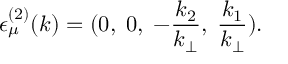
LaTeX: { \epsilon } _ { \mu } ^ { ( 2 ) } ( k ) = ( 0 , \; 0 , \; - \frac { k _ { 2 } } { k _ { \bot } } , \; \frac { k _ { 1 } } { k _ { \bot } } ) .